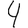
Digit: 4